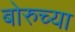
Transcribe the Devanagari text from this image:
बोरुच्या